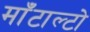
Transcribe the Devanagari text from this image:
माँटाल्टो